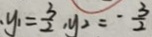
. y _ { 1 } = \frac { 3 } { 2 } , y _ { 2 } = - \frac { 3 } { 2 }